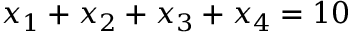
x _ { 1 } + x _ { 2 } + x _ { 3 } + x _ { 4 } = 1 0